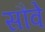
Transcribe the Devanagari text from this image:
सौवे